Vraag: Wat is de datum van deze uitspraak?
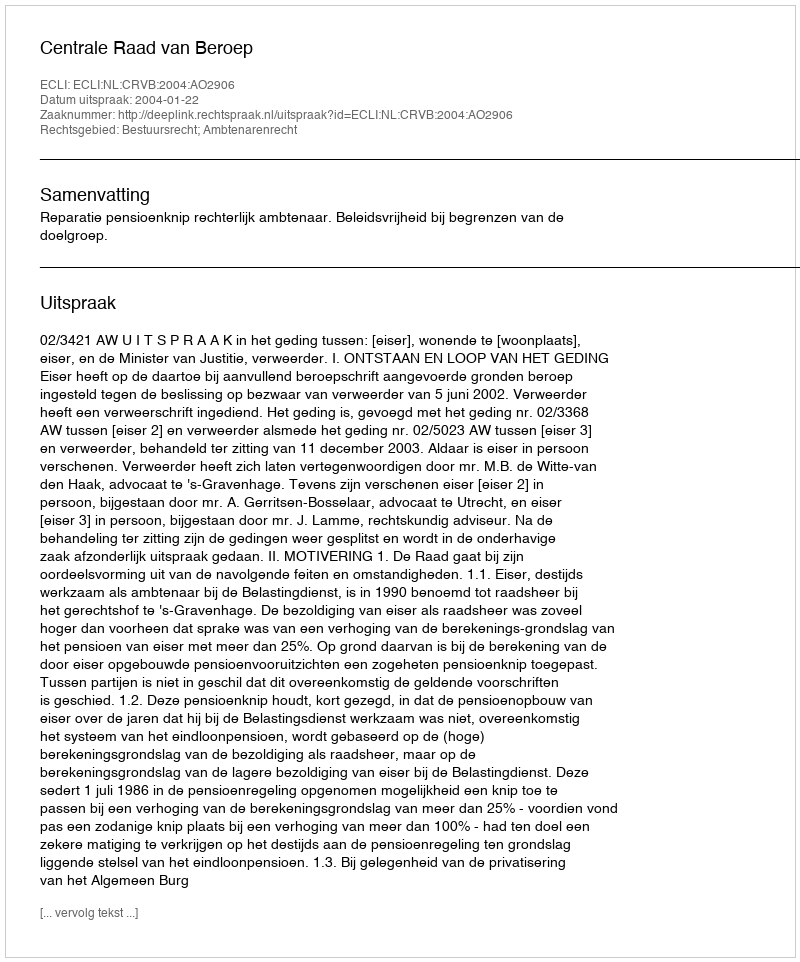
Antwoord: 2004-01-22